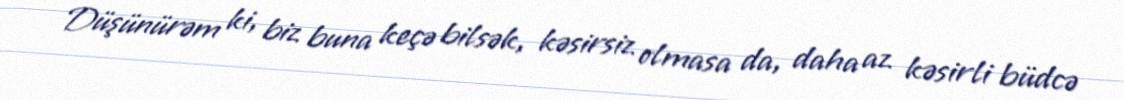
Düşünürəm ki, biz buna keçə bilsək, kəsirsiz olmasa da, daha az kəsirli büdcə